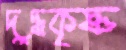
দুদ্ধকৃষ্ণ